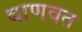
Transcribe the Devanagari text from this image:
बाणवत